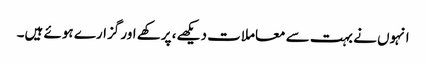
انہوں نے بہت سے معاملات دیکھے، پرکھے اور گزارے ہوئے ہیں۔